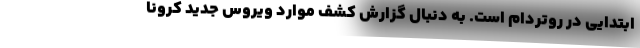
ابتدایی در روتردام است. به دنبال گزارش کشف موارد ویروس جدید کرونا